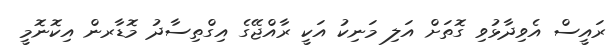
ރައީސް އެވިދާޅުވި ގޮތަށް އަލި މަނިކު އަކީ ރާއްޖޭގެ އިގްތިސާދު މޮޑާރން އިކޮނޮމީ